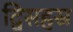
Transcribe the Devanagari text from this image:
द्विसहस्र